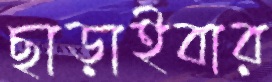
ছাড়াইবার